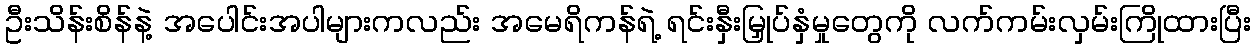
ဦးသိန်းစိန်နဲ့ အပေါင်းအပါများကလည်း အမေရိကန်ရဲ့ ရင်းနှီးမြှုပ်နှံမှုတွေကို လက်ကမ်းလှမ်းကြိုထားပြီး